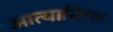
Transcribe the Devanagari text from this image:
आत्यान्तिक